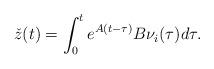
LaTeX: \begin{align*}\check z(t)= \int_0^t e^{A(t-\tau)} B\nu_i(\tau) d\tau . \end{align*}